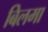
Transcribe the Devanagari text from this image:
बिलमा